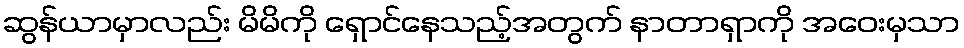
ဆွန်ယာမှာလည်း မိမိကို ရှောင်နေသည့်အတွက် နာတာရှာကို အဝေးမှသာ